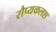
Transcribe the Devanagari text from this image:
रौप्यकलश